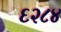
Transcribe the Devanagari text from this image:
६२८४